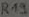
Text: R19